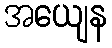
အယျေန